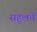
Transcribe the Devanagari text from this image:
सहूलतें